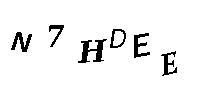
N7HDEE